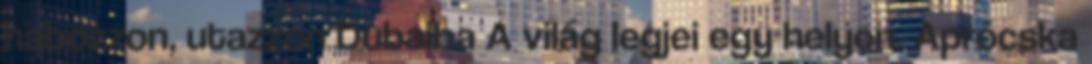
habozzon, utazzon Dubaiba A világ legjei egy helyen. Aprócska